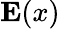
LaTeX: \textbf{E}(x)